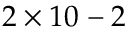
2 \times 1 0 ^ { Ḋ } - 2 Ḍ